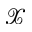
\mathcal { X }